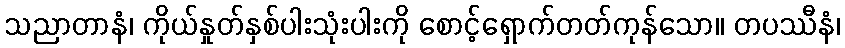
သညာတာနံ၊ ကိုယ်နှုတ်နှစ်ပါးသုံးပါးကို စောင့်ရှောက်တတ်ကုန်သော။ တပဿီနံ၊